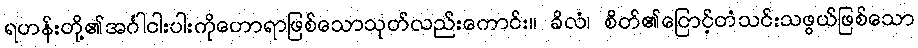
ရဟန်းတို့၏အင်္ဂါငါးပါးကိုဟောရာဖြစ်သောသုတ်လည်းကောင်း။ ခိလံ၊ စိတ်၏ငြောင့်တံသင်းသဖွယ်ဖြစ်သော